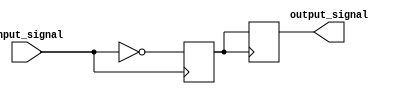
module inverter_delay(
    input wire input_signal,
    output reg output_signal
);

reg delayed_signal;

always @(posedge input_signal) begin
    // Timing control and synchronization blocks
    // Apply inverter delay here
    #10 delayed_signal <= ~input_signal;
end

always @(posedge delayed_signal) begin
    output_signal <= delayed_signal;
end

endmodule